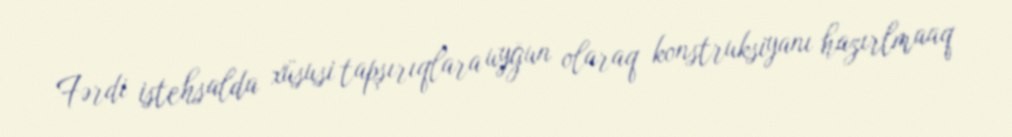
Fərdi istehsalda xüsusi tapşırıqlara uyğun olaraq konstruksiyanı hazırlmaaq